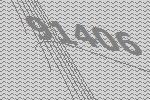
91406